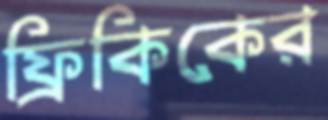
ফ্রিকিকের